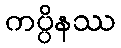
ကပ္ပိနဿ